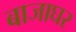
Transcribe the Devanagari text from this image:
बाजाघर